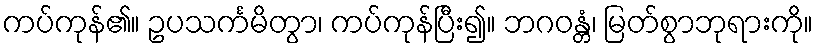
ကပ်ကုန်၏။ ဥပသင်္ကမိတွာ၊ ကပ်ကုန်ပြီး၍။ ဘဂဝန္တံ၊ မြတ်စွာဘုရားကို။